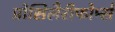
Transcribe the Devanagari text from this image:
प्रोसिलैरीफोर्म्स